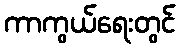
ကာကွယ်ရေးတွင်